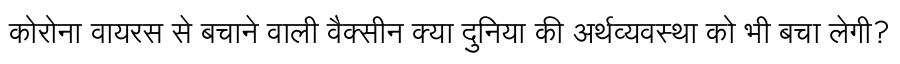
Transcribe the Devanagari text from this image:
कोरोना वायरस से बचाने वाली वैक्सीन क्या दुनिया की अर्थव्यवस्था को भी बचा लेगी?